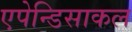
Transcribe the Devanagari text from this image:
एपेन्डिसाकल